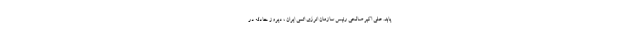
یابد. علی اکبر صالحی رئیس سازمان انرژی اتمی ایران ، دیروز حادثه در